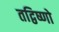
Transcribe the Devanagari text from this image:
तद्विष्णो